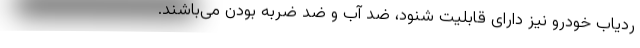
ردیاب خودرو نیز دارای قابلیت شنود، ضد آب و ضد ضربه بودن می‌باشند.